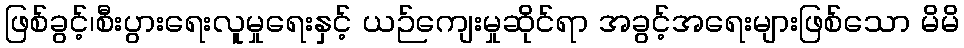
ဖြစ်ခွင့်၊စီးပွားရေးလူမှုရေးနှင့် ယဉ်ကျေးမှုဆိုင်ရာ အခွင့်အရေးများဖြစ်သော မိမိ